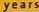
years